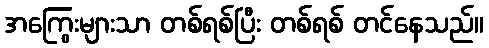
အကြွေးများသာ တစ်ရစ်ပြီး တစ်ရစ် တင်နေသည်။